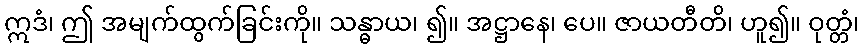
ဣဒံ၊ ဤ အမျက်ထွက်ခြင်းကို။ သန္ဓာယ၊ ၍။ အဋ္ဌာနေ၊ ပေ။ ဇာယတီတိ၊ ဟူ၍။ ဝုတ္တံ၊